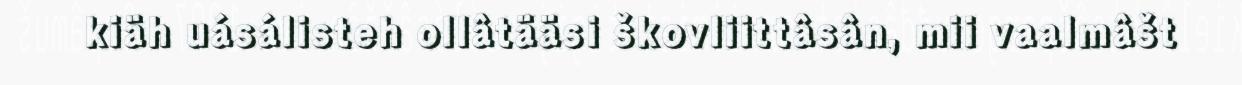
kiäh uásálisteh ollâtääsi škovliittâsân, mii vaalmâšt